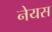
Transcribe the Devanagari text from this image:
नेयस